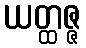
ယတ္ထဇ္ဇ